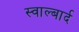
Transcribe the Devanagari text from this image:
स्वाल्बार्द